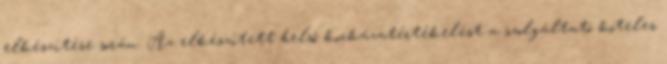
elkészítése során. Az elkészített belső kockázatértékelést a szolgáltató köteles